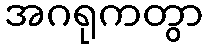
အဂရုကတွာ